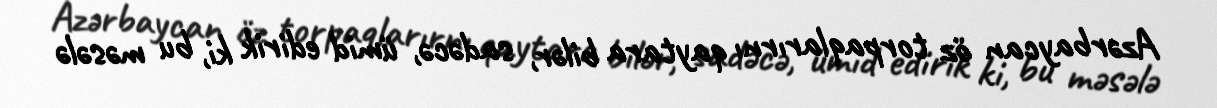
Azərbaycan öz torpaqlarırnı qaytara bilər, sadəcə, ümid edirik ki, bu məsələ